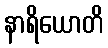
နာရိယောတိ